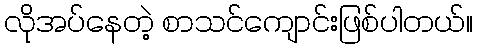
လိုအပ်နေတဲ့ စာသင်ကျောင်းဖြစ်ပါတယ်။